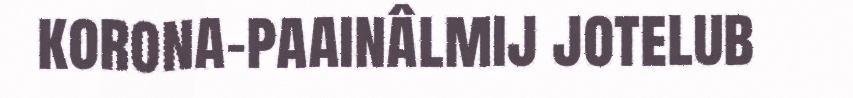
korona-paainâlmij jotelub